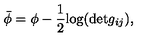
\bar { \phi } = \phi - \frac { 1 } { 2 } \mathrm { l o g } ( \mathrm { d e t } g _ { i j } ) ,